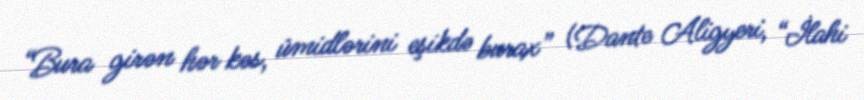
“Bura girən hər kəs, ümidlərini eşikdə burax” (Dante Aligyeri, “İlahi